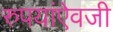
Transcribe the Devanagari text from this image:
रुपयांऐवजी